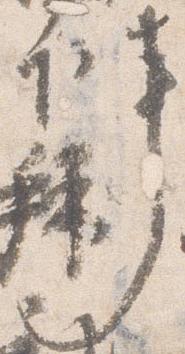
事